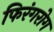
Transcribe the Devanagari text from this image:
फिरंगरोग